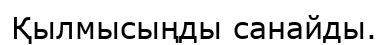
Қылмысыңды санайды.